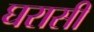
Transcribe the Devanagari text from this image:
घरासी